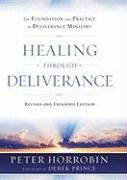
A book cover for Healing through Deliverance: The Foundation and Practice of Deliverance Ministry; Peter J. Horrobin; Christian Books & Bibles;